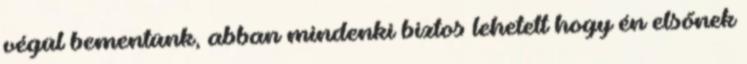
végül bementünk, abban mindenki biztos lehetett hogy én elsőnek